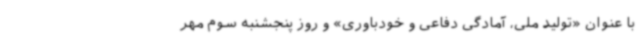
با عنوان «تولید ملی، آمادگی دفاعی و خودباوری» و روز پنجشنبه سوم مهر